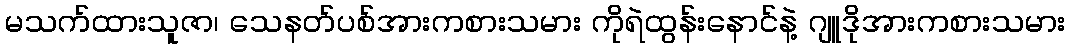
မသက်ထားသူဇာ၊ သေနတ်ပစ်အားကစားသမား ကိုရဲထွန်းနောင်နဲ့ ဂျူဒိုအားကစားသမား